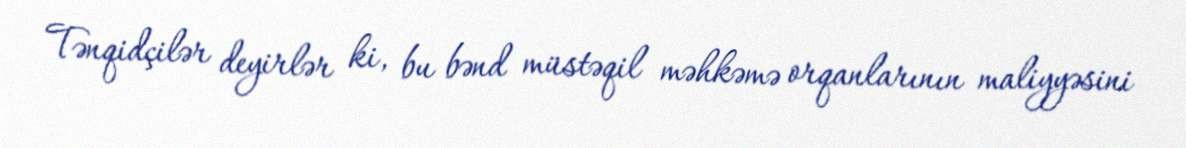
Tənqidçilər deyirlər ki, bu bənd müstəqil məhkəmə orqanlarının maliyyəsini